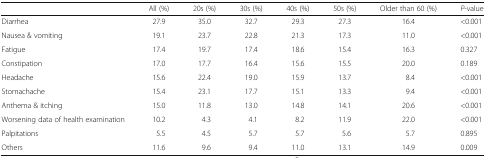
<table><thead><tr><td></td><td><b>All (%)</b></td><td><b>20s (%)</b></td><td><b>30s (%)</b></td><td><b>40s (%)</b></td><td><b>50s (%)</b></td><td><b>Older than 60 (%)</b></td><td><b><i>P</i>-value</b></td></tr></thead><tbody><tr><td>Diarrhea</td><td>27.9</td><td>35.0</td><td>32.7</td><td>29.3</td><td>27.3</td><td>16.4</td><td>&lt;0.001</td></tr><tr><td>Nausea &amp; vomiting</td><td>19.1</td><td>23.7</td><td>22.8</td><td>21.3</td><td>17.3</td><td>11.0</td><td>&lt;0.001</td></tr><tr><td>Fatigue</td><td>17.4</td><td>19.7</td><td>17.4</td><td>18.6</td><td>15.4</td><td>16.3</td><td>0.327</td></tr><tr><td>Constipation</td><td>17.0</td><td>17.7</td><td>16.4</td><td>15.6</td><td>15.5</td><td>20.0</td><td>0.189</td></tr><tr><td>Headache</td><td>15.6</td><td>22.4</td><td>19.0</td><td>15.9</td><td>13.7</td><td>8.4</td><td>&lt;0.001</td></tr><tr><td>Stomachache</td><td>15.4</td><td>23.1</td><td>17.7</td><td>15.1</td><td>13.3</td><td>9.4</td><td>&lt;0.001</td></tr><tr><td>Anthema &amp; itching</td><td>15.0</td><td>11.8</td><td>13.0</td><td>14.8</td><td>14.1</td><td>20.6</td><td>&lt;0.001</td></tr><tr><td>Worsening data of health examination</td><td>10.2</td><td>4.3</td><td>4.1</td><td>8.2</td><td>11.9</td><td>22.0</td><td>&lt;0.001</td></tr><tr><td>Palpitations</td><td>5.5</td><td>4.5</td><td>5.7</td><td>5.7</td><td>5.6</td><td>5.7</td><td>0.895</td></tr><tr><td>Others</td><td>11.6</td><td>9.6</td><td>9.4</td><td>11.0</td><td>13.1</td><td>14.9</td><td>0.009</td></tr></tbody></table>